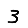
Digit: 3